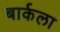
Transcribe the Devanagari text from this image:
बार्कला